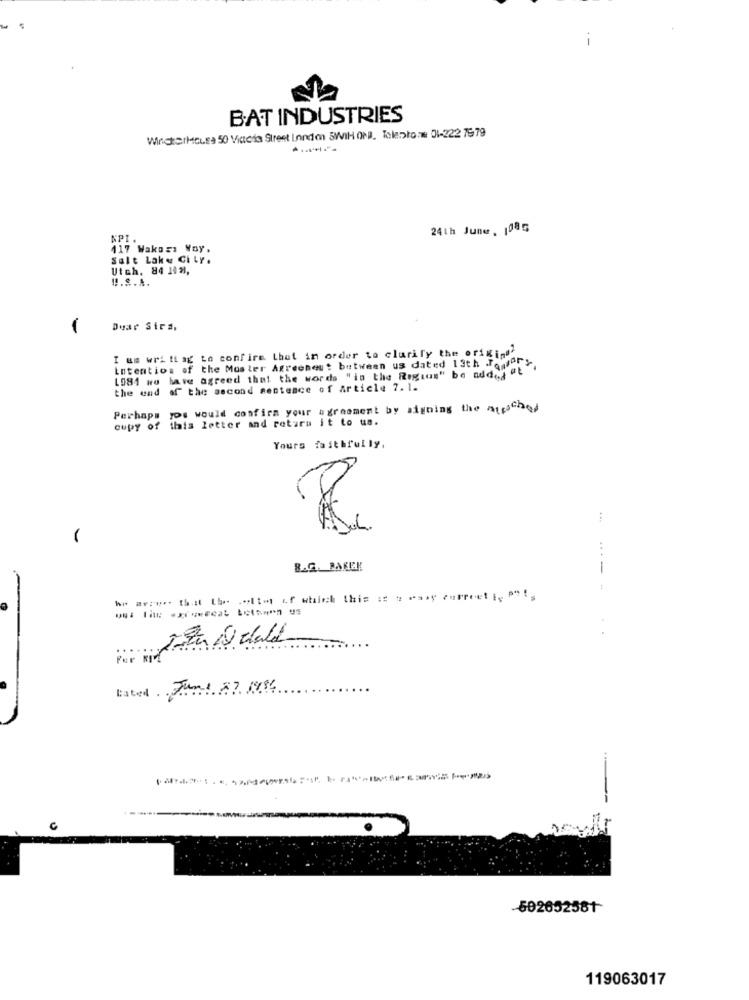
BAT INDUSTRIES
WindterMCLE> 50 Viacia Street London SWIHOND. Talento:# 01-222 7979
24th June, 1085
NPI.
117 Wakosa Way.
Salt Lake City.
Utch. 84 1 88,
!!. 8.4.
-
Dear Sira,
I um writing to confirm that in order to clarify the origins'
1981 we have agreed that the words "in the Regius" be added "t
Intention of the Moster Agreement between us dated 13th Jquery,
the end of the second sentence of article 7.1.
Perhaps you would confirm your agreement by signing the muschel
copy of this letter and return it to us.
Yours faithfully.
B.G. BAKER
--- -
he arrer that the .eltet of which this is t "asy cufree! [, P"'s
lated June 57 1896
502652581
119063017